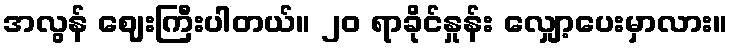
အလွန် ဈေးကြီးပါတယ်။ ၂၀ ရာခိုင်နှုန်း လျှော့ပေးမှာလား။